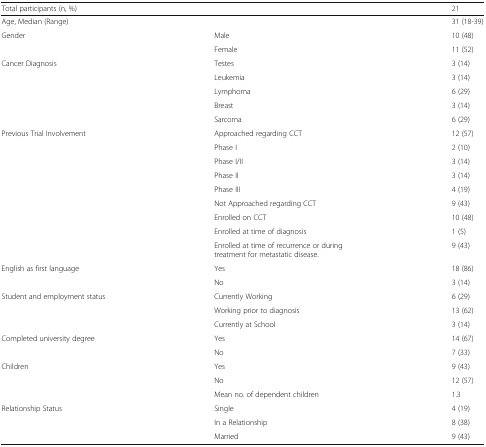
| Total participants (n, %) |  | 21 |
 | --- | --- | --- |
 | Age, Median (Range) |  | 31 (18-39) |
 | <ROWSPAN=2> Gender | Male | 10 (48) |
 | Female | 11 (52) |
 | <ROWSPAN=5> Cancer Diagnosis | Testes | 3 (14) |
 | Leukemia | 3 (14) |
 | Lymphoma | 6 (29) |
 | Breast | 3 (14) |
 | Sarcoma | 6 (29) |
 | <ROWSPAN=9> Previous Trial Involvement | Approached regarding CCT | 12 (57) |
 | Phase I | 2 (10) |
 | Phase I/II | 3 (14) |
 | Phase II | 3 (14) |
 | Phase III | 4 (19) |
 | Not Approached regarding CCT | 9 (43) |
 | Enrolled on CCT | 10 (48) |
 | Enrolled at time of diagnosis | 1 (5) |
 | Enrolled at time of recurrence or during treatment for metastatic disease. | 9 (43) |
 | <ROWSPAN=2> English as first language | Yes | 18 (86) |
 | No | 3 (14) |
 | <ROWSPAN=3> Student and employment status | Currently Working | 6 (29) |
 | Working prior to diagnosis | 13 (62) |
 | Currently at School | 3 (14) |
 | <ROWSPAN=2> Completed university degree | Yes | 14 (67) |
 | No | 7 (33) |
 | <ROWSPAN=3> Children | Yes | 9 (43) |
 | No | 12 (57) |
 | Mean no. of dependent children | 1.3 |
 | <ROWSPAN=3> Relationship Status | Single | 4 (19) |
 | In a Relationship | 8 (38) |
 | Married | 9 (43) |